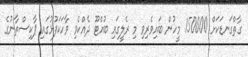
ގާތްގަނޑަކަށް 150000 މީހުން ބައިވެރިވި މި ރެލީގައި ބުއްޓޫ ދެއްކެވި ވާހަކަފުޅުގައި ޕާކިސްތާނުގެ